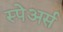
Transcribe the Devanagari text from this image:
स्पेअर्स